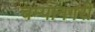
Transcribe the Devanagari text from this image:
चम्पानगरी